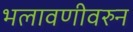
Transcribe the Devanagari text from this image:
भलावणीवरुन